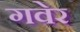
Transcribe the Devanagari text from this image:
गवेर